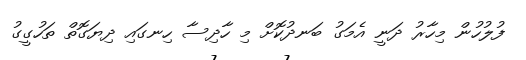
ފުލުހުން މިހާރު ދަނީ އެމަގު ބަނދުކޮށް މި ހާދިސާ ހިނގައި ދިޔަގޮތް ތަހުގީގު